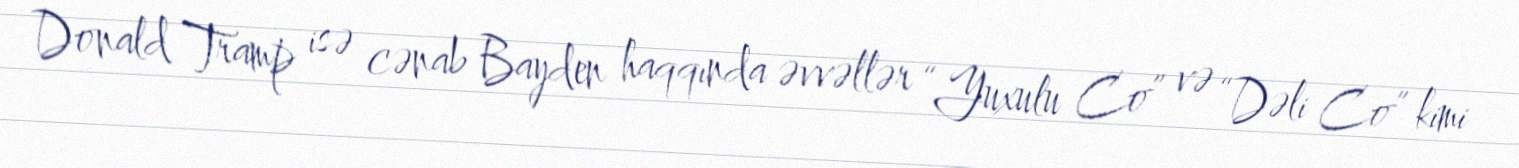
Donald Tramp isə cənab Bayden haqqında əvvəllər “Yuxulu Co” və “Dəli Co” kimi